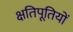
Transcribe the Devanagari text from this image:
क्षतिपूतियों